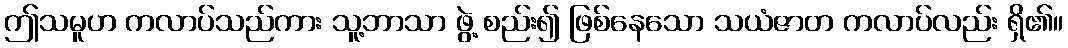
ဤသမူဟ ကလာပ်သည်ကား သူ့ဘာသာ ဖွဲ့ စည်း၍ ဖြစ်နေသော သယံဇာတ ကလာပ်လည်း ရှိ၏။